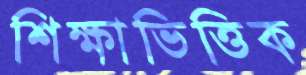
শিক্ষাভিত্তিক